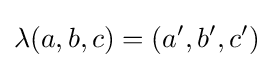
\lambda (a,b,c)=(a',b',c')